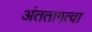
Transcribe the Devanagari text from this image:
अंततागत्वा